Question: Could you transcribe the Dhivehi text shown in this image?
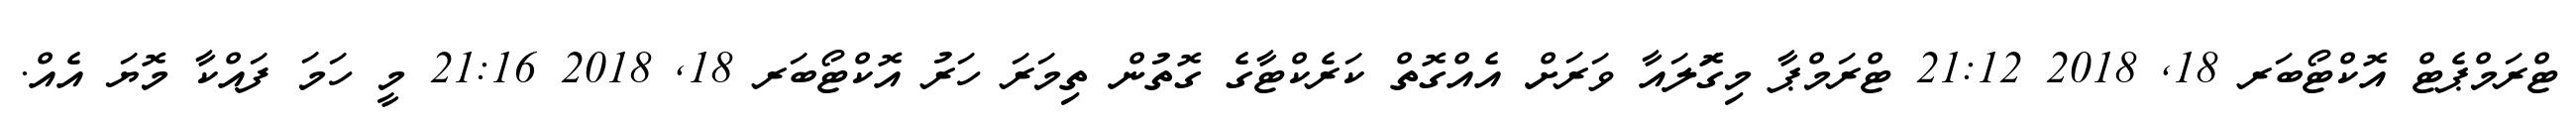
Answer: ޓްރަމްޕެޓް އޮކްޓޯބަރ 18, 2018 21:12 ޓްރަމްޕާ މިގޮަލައާ ވަރަށް އެއްގޮތް ކަރެކްޓާގެ ގޮތުން ތިމަރަ ހަރު އޮކްޓޯބަރ 18, 2018 21:16 މީ ހަމަ ފައްކާ މޮޔަ އެއް.